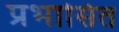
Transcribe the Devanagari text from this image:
प्रभासित